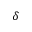
\delta